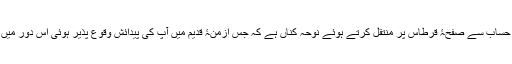
مورخ آپ کی سانحۂ عمری فی کلو کے حساب سے صفحۂ قرطاس پر منتقل کرتے ہوئے نوحہ کناں ہے کہ جس ازمنۂ قدیم میں آپ کی پیدائش وقوع پذیر ہوئی اس دور میں افواج چپیڑوں سے لڑائی لڑا کرتی تھیں۔